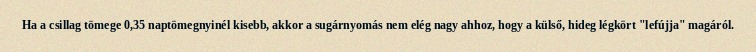
Ha a csillag tömege 0,35 naptömegnyinél kisebb, akkor a sugárnyomás nem elég nagy ahhoz, hogy a külső, hideg légkört "lefújja" magáról.